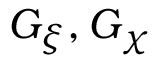
G _ { \xi } , G _ { \chi }